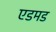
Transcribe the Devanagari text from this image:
एडमड